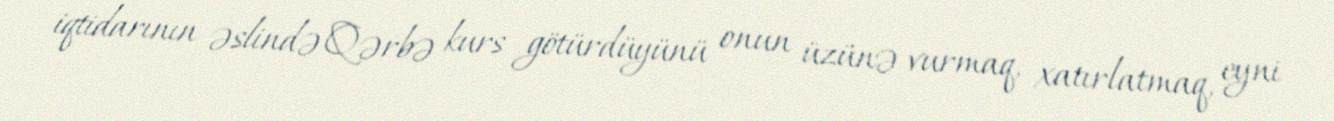
iqtidarının əslində Qərbə kurs götürdüyünü onun üzünə vurmaq, xatırlatmaq, eyni